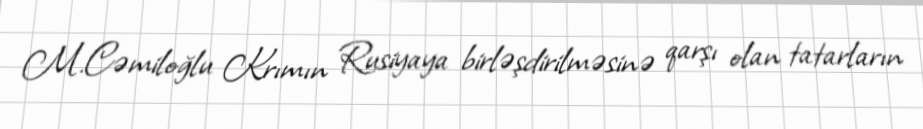
M.Cəmiloğlu Krımın Rusiyaya birləşdirilməsinə qarşı olan tatarların